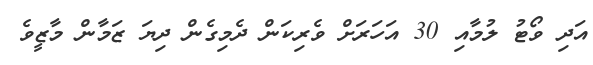
އަދި ވޯޓު ލުމާއި 30 އަހަރަށް ވެރިކަން ދެމިގެން ދިޔަ ޒަމާން މާޒީވެ